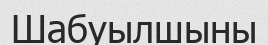
Шабуылшыны